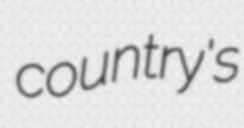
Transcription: country's